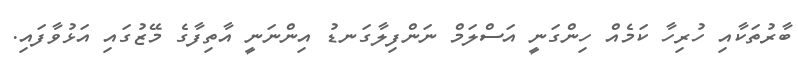
ބާރުތަކާއި ހުރިހާ ކަމެއް ހިންގަނީ އަސްލަމް ނަންފިލާގަނޑު އިންނަނީ އާތިފާގެ މޭޒުގައި އަޅުވާފައި.